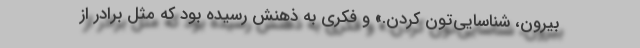
بیرون، شناسایی‌تون کردن.» و فکری به ذهنش رسیده بود که مثل برادر از